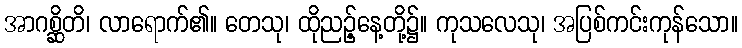
အာဂစ္ဆိတိ၊ လာရောက်၏။ တေသု၊ ထိုညဉ့်နေ့တို့၌။ ကုသလေသု၊ အပြစ်ကင်းကုန်သော။